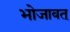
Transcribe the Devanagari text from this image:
भोजावत्